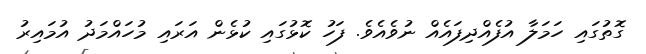
ގޮތުގައި ހަމަލާ އުފެއްދިފައެއް ނުވެއެވެ. ފަހު ކޮޅުގައި ކުޅެން އަރައި މުހައްމަދު އުމައިރު